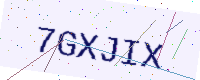
Text: 7GXJIX